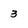
Character: 3